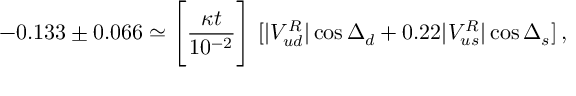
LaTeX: - 0 . 1 3 3 \pm 0 . 0 6 6 \simeq \Bigg [ { \frac { \kappa t } { 1 0 ^ { - 2 } } } \Bigg ] ~ [ | V _ { u d } ^ { R } | \cos \Delta _ { d } + 0 . 2 2 | V _ { u s } ^ { R } | \cos \Delta _ { s } ] \, ,